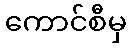
ကောင်စီမှ